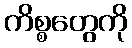
ကိစ္စတွေကို